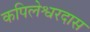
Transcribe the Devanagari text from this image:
कपिलेश्वरदास